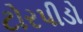
ટોરપીડો